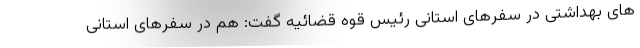
های بهداشتی در سفرهای استانی رئیس قوه قضائیه گفت: هم در سفرهای استانی